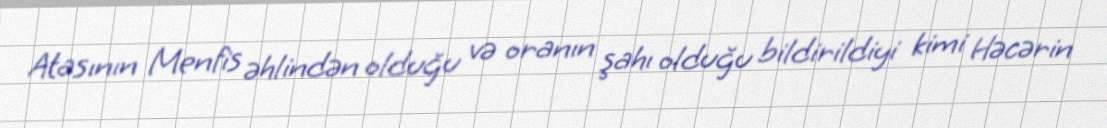
Atasının Menfis əhlindən olduğu və oranın şahı olduğu bildirildiyi kimi Həcərin